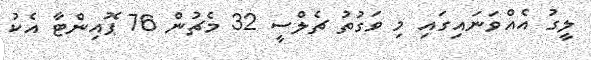
ލީގު އެއްވަނައިގައި މި ވަގުތު ޗެލްސީ 32 މެޗުން 76 ޕޮއިންޓާ އެކު